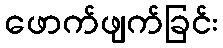
ဖောက်ဖျက်ခြင်း